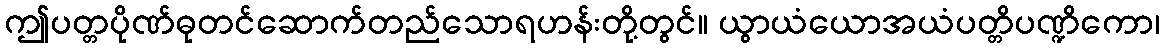
ဤပတ္တပိုဏ်ဓုတင်ဆောက်တည်သောရဟန်းတို့တွင်။ ယွာယံယောအယံပတ္တိပဏ္ဍိကော၊